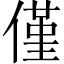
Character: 僅